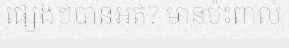
ផ្សេងៗបានអត់? មានប៉ះពាល់